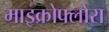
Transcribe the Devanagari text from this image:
माइक्रोफ्लोरा